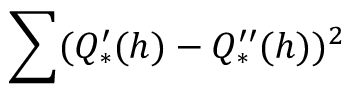
\sum ( Q _ { * } ^ { \prime } ( h ) - Q _ { * } ^ { \prime \prime } ( h ) ) ^ { 2 }